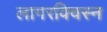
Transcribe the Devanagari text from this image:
लागरक्विस्न